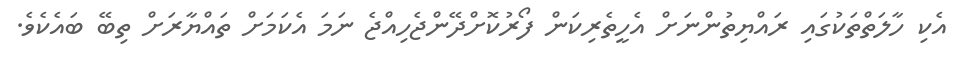
އެކި ހާލަތްތަކުގައި ރައްޔިތުންނަށް އެހީތެރިކަން ފޯރުކޮށްދޭންޖެހިއްޖެ ނަމަ އެކަމަށް ތައްޔާރަށް ތިބޭ ބައެކެވެ.